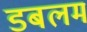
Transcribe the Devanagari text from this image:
डबलम